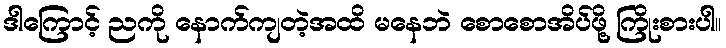
ဒါကြောင့် ညကို နောက်ကျတဲ့အထိ မနေဘဲ စောစောအိပ်ဖို့ ကြိုးစားပါ။